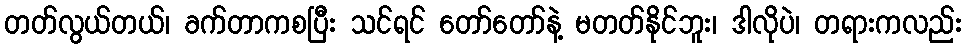
တတ်လွယ်တယ်၊ ခက်တာကစပြီး သင်ရင် တော်တော်နဲ့ မတတ်နိုင်ဘူး၊ ဒါလိုပဲ၊ တရားကလည်း